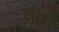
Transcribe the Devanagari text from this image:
इद्रिशी